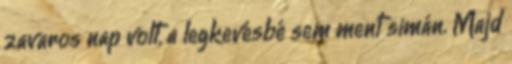
zavaros nap volt, a legkevésbé sem ment simán. Majd